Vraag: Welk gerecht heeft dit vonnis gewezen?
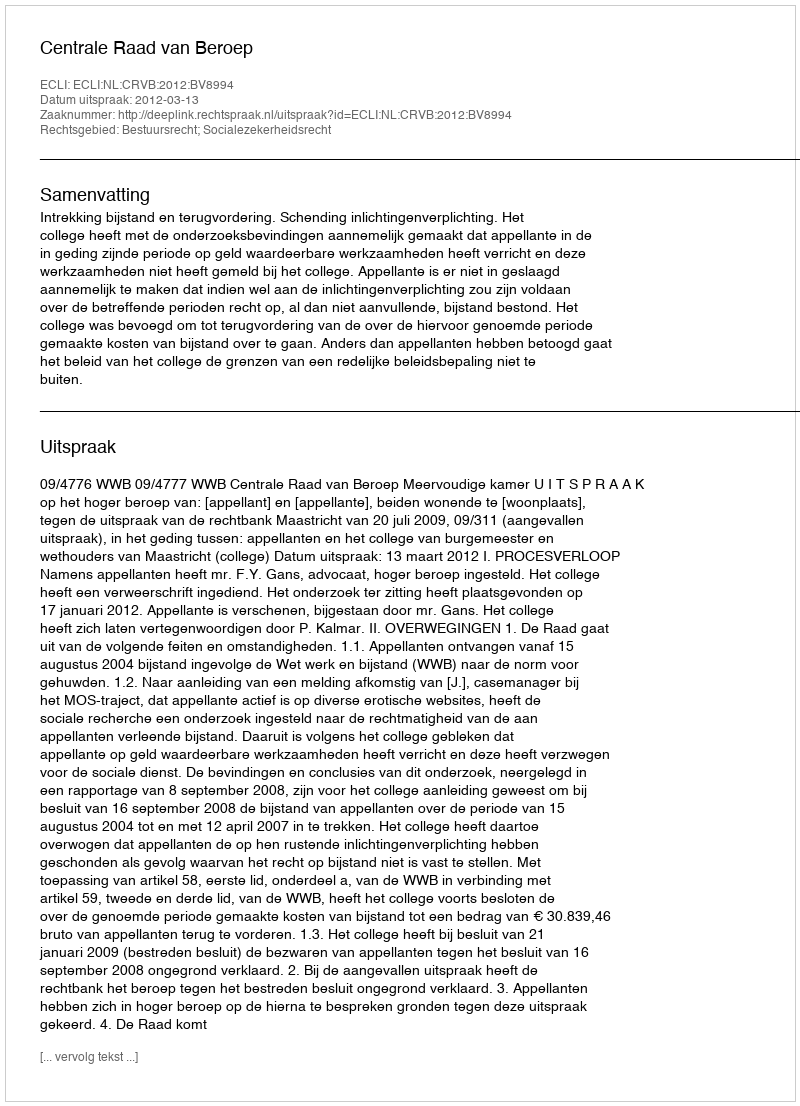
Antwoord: Centrale Raad van Beroep